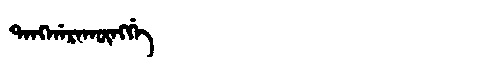
Manchu: ᡨᠠᠩᡤᠠᡵᠠᡴᡡᠩᡤᡝ
Romanization: TANGGARAKŪNGGE